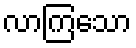
လာကြသော